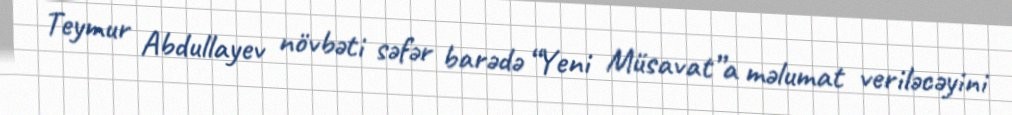
Teymur Abdullayev növbəti səfər barədə “Yeni Müsavat”a məlumat veriləcəyini